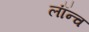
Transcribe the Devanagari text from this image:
लॉंन्च